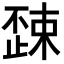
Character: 𣦚